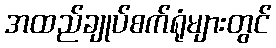
အထည်ချုပ်စက်ရုံများတွင်